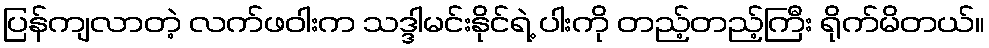
ပြန်ကျလာတဲ့ လက်ဖဝါးက သဒ္ဒါမင်းနိုင်ရဲ့ ပါးကို တည့်တည့်ကြီး ရိုက်မိတယ်။